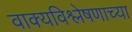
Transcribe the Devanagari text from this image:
वाक्यविश्लेषणाच्या